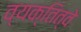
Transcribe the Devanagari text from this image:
व्यक्तित्वे